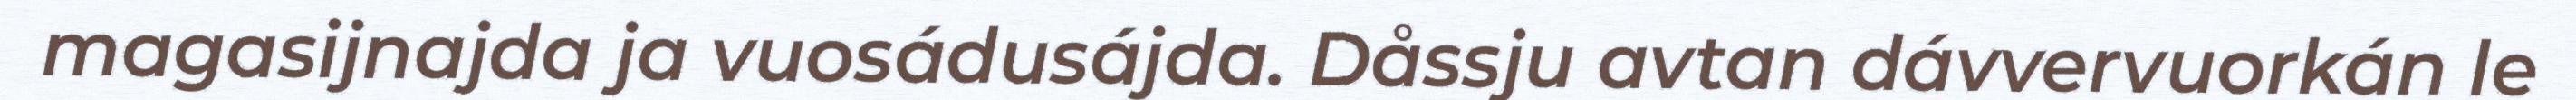
magasijnajda ja vuosádusájda. Dåssju avtan dávvervuorkán le